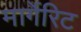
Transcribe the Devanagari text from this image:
मार्गेरिट